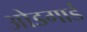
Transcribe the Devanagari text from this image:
ओडगार्ड